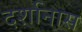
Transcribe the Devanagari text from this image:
दर्शानास